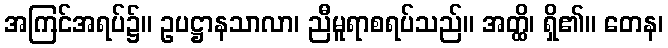
အကြင်အရပ်၌။ ဥပဋ္ဌာနသာလာ၊ ညီမူရာစရပ်သည်။ အတ္ထိ၊ ရှိ၏။ တေန၊